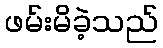
ဖမ်းမိခဲ့သည်